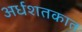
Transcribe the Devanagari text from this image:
अर्धशतकात